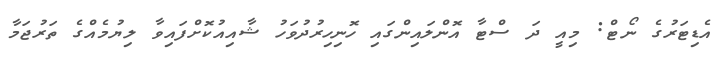
އެޑިޓަރުގެ ނޯޓް: މިއީ ދަ ސްޓާ އޮންލައިންގައި ހޮނިހިރުދުވަހު ޝާއިއުކޮށްފައިވާ ލިޔުމެއްގެ ތަރުޖަމާ